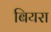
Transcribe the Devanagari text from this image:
बियरा